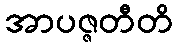
အာပဇ္ဇတီတိ